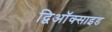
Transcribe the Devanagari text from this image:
द्विऑक्साइड